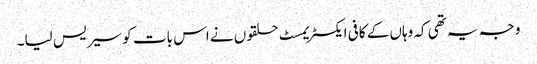
وجہ یہ تھی کہ وہاں کے کافی ایکسٹریمسٹ حلقوں نے اس بات کو سیریس لیا۔